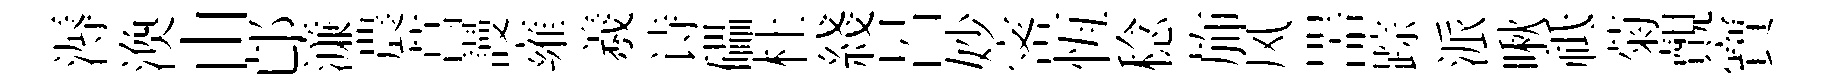
溽渙由邙濓農菖謾雍羲诗礧杜綫呂妙宻恆稔斾风噐踪派啾祗菊覿寶